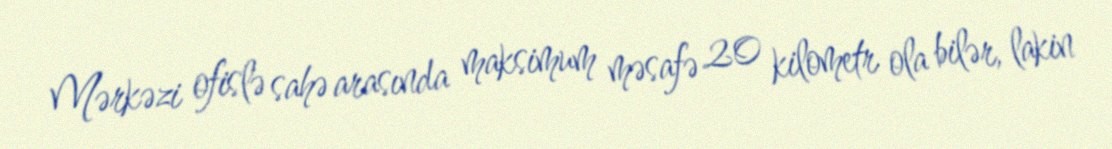
Mərkəzi ofislə sahə arasında maksimum məsafə 20 kilometr ola bilər, lakin